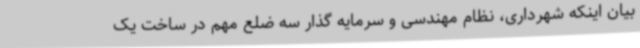
بیان اینکه شهرداری، نظام مهندسی و سرمایه گذار سه ضلع مهم در ساخت یک